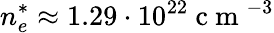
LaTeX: n_{e}^{*}\approx 1.29\cdot 10^{22}\mathrm{~c~m~}^{-3}